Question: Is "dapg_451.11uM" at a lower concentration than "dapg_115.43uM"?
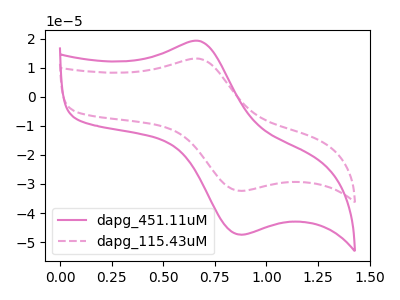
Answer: <think>The pink curve "dapg_451.11uM" has an anodic peak at (0.70V, 19.20uA) and a cathodic peak at (0.90V, -47.45uA). The pink dashed curve "dapg_115.43uM" has an anodic peak at (0.70V, 13.10uA) and a cathodic peak at (0.90V, -32.35uA).
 All the peaks in "dapg_115.43uM" have a peak in "dapg_451.11uM" at the same potential. Every peak in "dapg_115.43uM" is lower than every peak in "dapg_451.11uM".</think>
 <answer>"dapg_115.43uM" has less signal than "dapg_451.11uM" and so likely has a lower concentration.</answer>
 <eval>less_concentration</eval>